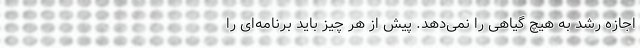
اجازه رشد به هیچ گیاهی را نمی‌دهد. پیش از هر چیز باید برنامه‌ای را